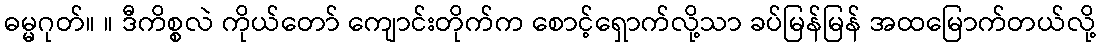
ဓမ္မဂုတ်။ ။ ဒီကိစ္စလဲ ကိုယ်တော် ကျောင်းတိုက်က စောင့်ရှောက်လို့သာ ခပ်မြန်မြန် အထမြောက်တယ်လို့